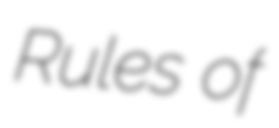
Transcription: Rules of